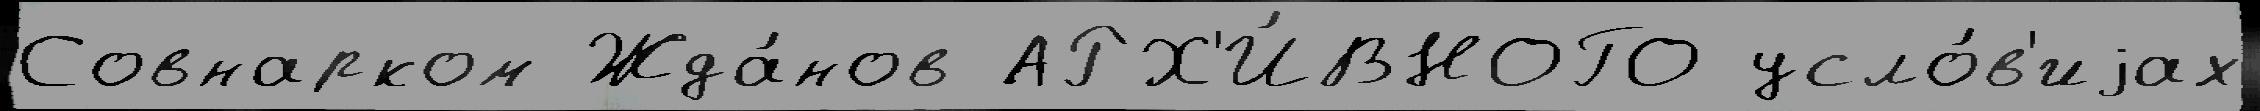
Совнарком Жда́нов АРХ'И́ВНОГО усло́в'иjах